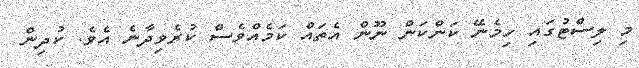
މި ލިސްޓުގައި ހިމެނޭ ކަންކަން ނޫން އެތައް ކަމެއްވެސް ކުރެވިދާނެ އެވެ. ކުދިން